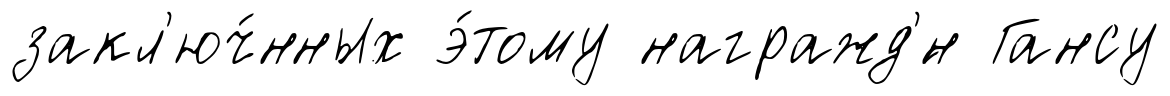
закл'юч́нных э́тому награжд'́н Гансу